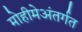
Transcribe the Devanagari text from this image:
मोहीमेअंतर्गत